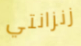
زنزانتي